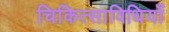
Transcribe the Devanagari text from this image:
चिकित्साविधियाँ